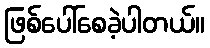
ဖြစ်ပေါ်စေခဲ့ပါတယ်။